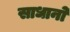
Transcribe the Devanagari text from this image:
साधानो